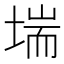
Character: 㙐